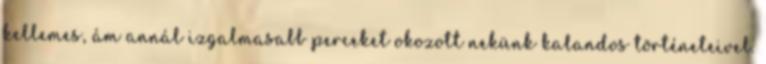
kellemes, ám annál izgalmasabb perceket okozott nekünk kalandos történeteivel.